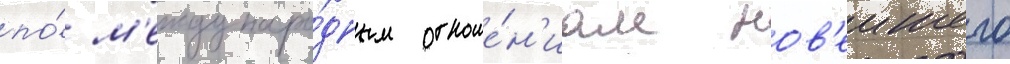
по́ м'еждунаро́дным отноше́н'иам нов'еишего